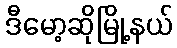
ဒီမော့ဆိုမြို့နယ်